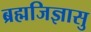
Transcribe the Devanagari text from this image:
ब्रह्मजिज्ञासु